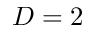
D = 2